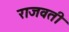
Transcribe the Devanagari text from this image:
राजवती